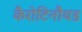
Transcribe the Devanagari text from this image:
कैरोटिनौयड